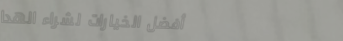
أفضل الخيارات لشراء الهدا